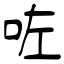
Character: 咗